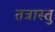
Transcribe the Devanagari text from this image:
तत्रास्तु